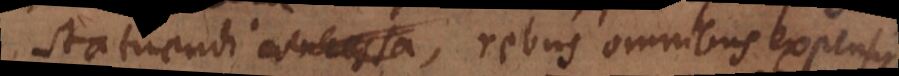
statuendi, rebus omnibus expens